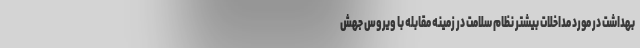
بهداشت در مورد مداخلات بیشتر نظام سلامت در زمینه مقابله با ویروس جهش